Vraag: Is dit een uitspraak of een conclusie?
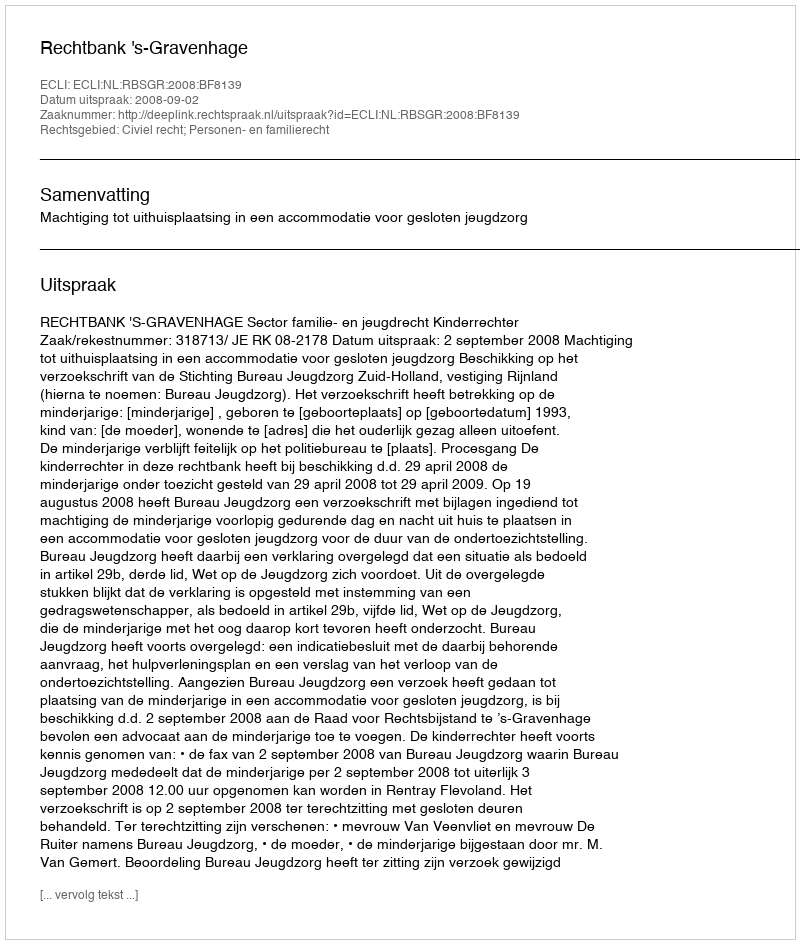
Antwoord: Uitspraak